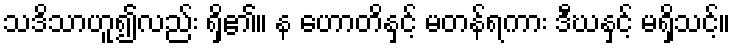
သဒိသာဟူ၍လည်း ရှိ၏။ န ဟောတိနှင့် မတန်ရကား ဒီဃနှင့် မရှိသင့်။